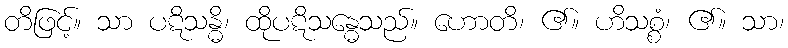
တိဖြင့်။ သာ ပဋိသန္ဓိ၊ ထိုပဋိသန္ဓေသည်။ ဟောတိ၊ ၏။ ဟိသစ္စံ၊ ၏။ သာ၊